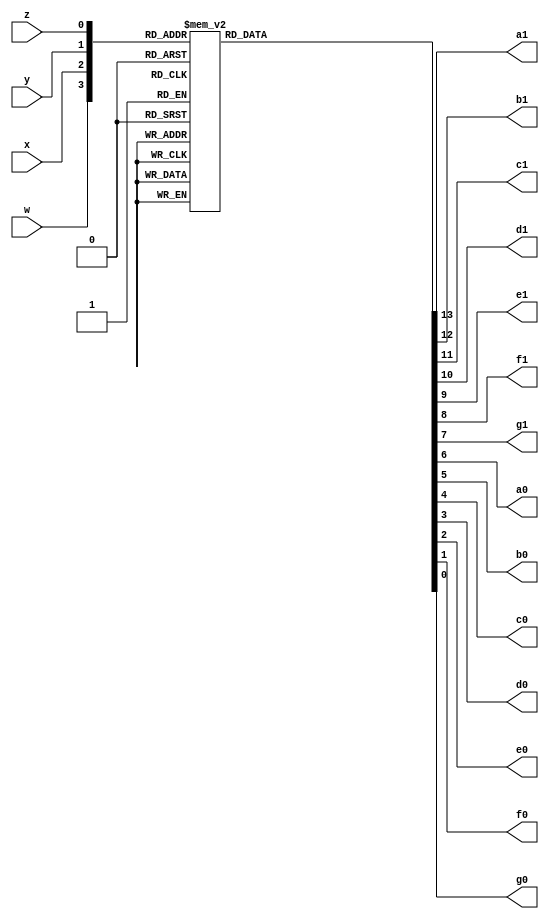
//4-bit binary to fourteen-segement decoder. Active low Output.
module four2fourteen 
(
	input w,x,y,z,
	output reg a1,b1,c1,d1,e1,f1,g1,a0,b0,c0,d0,e0,f0,g0);
	always @ (w,x,y,z
)
	case ({w,x,y,z})
		4'b0000: {a1,b1,c1,d1,e1,f1,g1,a0,b0,c0,d0,e0,f0,g0} = 14'b11111110000001; //0
		4'b0001: {a1,b1,c1,d1,e1,f1,g1,a0,b0,c0,d0,e0,f0,g0} = 14'b11111111001111; //1
		4'b0010: {a1,b1,c1,d1,e1,f1,g1,a0,b0,c0,d0,e0,f0,g0} = 14'b11111110010010; //2
		4'b0011: {a1,b1,c1,d1,e1,f1,g1,a0,b0,c0,d0,e0,f0,g0} = 14'b11111110000110; //3
		4'b0100: {a1,b1,c1,d1,e1,f1,g1,a0,b0,c0,d0,e0,f0,g0} = 14'b11111111001100; //4
		4'b0101: {a1,b1,c1,d1,e1,f1,g1,a0,b0,c0,d0,e0,f0,g0} = 14'b11111110100100; //5
		4'b0110: {a1,b1,c1,d1,e1,f1,g1,a0,b0,c0,d0,e0,f0,g0} = 14'b11111110100000; //6
		4'b0111: {a1,b1,c1,d1,e1,f1,g1,a0,b0,c0,d0,e0,f0,g0} = 14'b11111110001111; //7
		4'b1000: {a1,b1,c1,d1,e1,f1,g1,a0,b0,c0,d0,e0,f0,g0} = 14'b11111110000000; //8
		4'b1001: {a1,b1,c1,d1,e1,f1,g1,a0,b0,c0,d0,e0,f0,g0} = 14'b11111110001100; //9
		4'b1010: {a1,b1,c1,d1,e1,f1,g1,a0,b0,c0,d0,e0,f0,g0} = 14'b10011110000001; //10
		4'b1011: {a1,b1,c1,d1,e1,f1,g1,a0,b0,c0,d0,e0,f0,g0} = 14'b10011111001111; //11
		4'b1100: {a1,b1,c1,d1,e1,f1,g1,a0,b0,c0,d0,e0,f0,g0} = 14'b10011110010010; //12
		4'b1101: {a1,b1,c1,d1,e1,f1,g1,a0,b0,c0,d0,e0,f0,g0} = 14'b10011110000110; //13
		4'b1110: {a1,b1,c1,d1,e1,f1,g1,a0,b0,c0,d0,e0,f0,g0} = 14'b10011111001100; //14
		4'b1111: {a1,b1,c1,d1,e1,f1,g1,a0,b0,c0,d0,e0,f0,g0} = 14'b10011110100100; //15
	endcase
endmodule